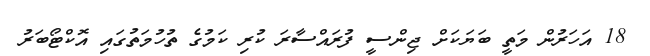
18 އަހަރުން މަތީ ބަޔަކަށް ޖިންސީ ފުރައްސާރަ ކުރި ކަމުގެ ތުހުމަތުގައި އޮކްޓޯބަރު